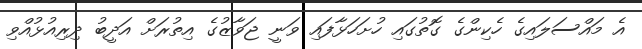
އެ މައްސަލައިގެ ހެކިންގެ ގޮތުގައި ހުށަހަޅާފައި ވަނީ ޖަވާޒުގެ އިތުރަށް އަދީބު ދިރިއުޅުއްވި